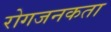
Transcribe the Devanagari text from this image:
रोगजनकता